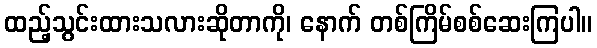
ထည့်သွင်းထားသလားဆိုတာကို၊ နောက် တစ်ကြိမ်စစ်ဆေးကြပါ။